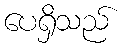
ပေရှိသည်